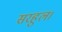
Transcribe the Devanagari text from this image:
सरहुल।